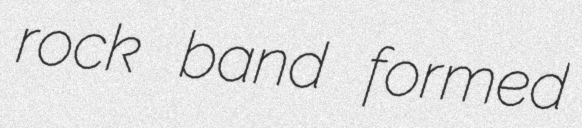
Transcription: rock band formed